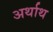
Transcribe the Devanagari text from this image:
अर्थाथ